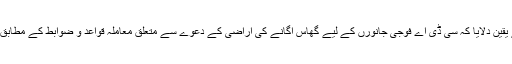
تاہم انہوں نے یقین دلایا کہ سی ڈی اے فوجی جانورں کے لیے گھاس اگانے کی اراضی کے دعوے سے متعلق معاملہ قواعد و ضوابط کے مطابق حل کرے گا۔